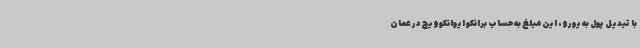
با تبدیل پول به یورو، این مبلغ به حساب برانکو ایوانکوویچ در عمان